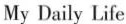
My Daily Life